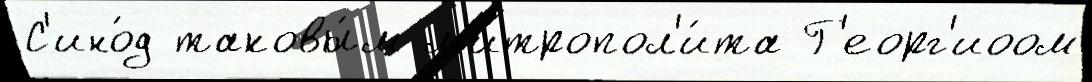
С'ино́д таковы́м м'итропол'и́та Г'еорг'иоом